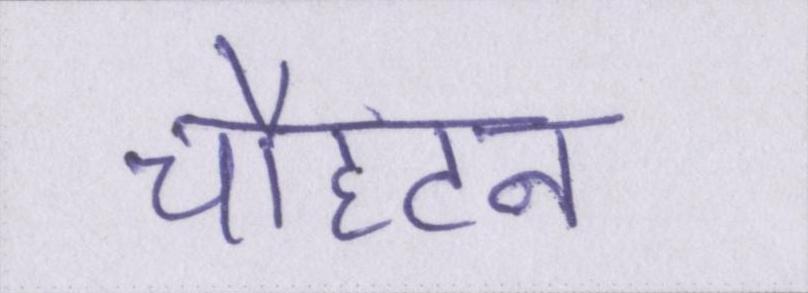
चौहटन